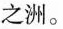
之洲。